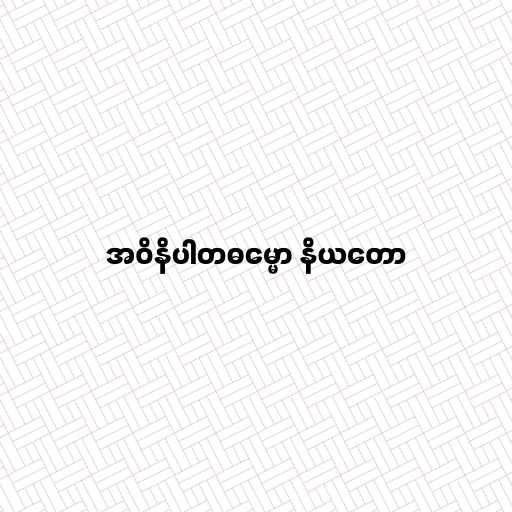
အဝိနိပါတဓမ္မော နိယတော